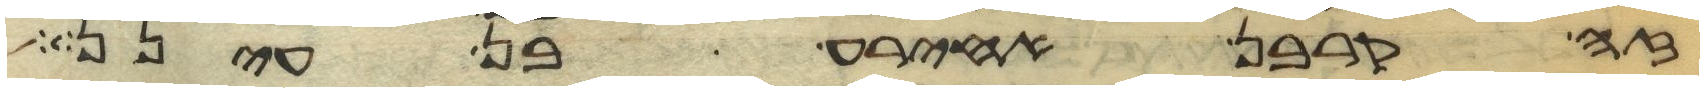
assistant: זה קרבן אחירע בן עינן